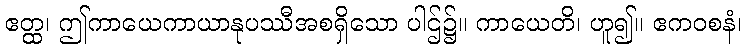
ဧတ္ထ၊ ဤကာယေကာယာနုပဿီအစရှိသော ပါဌ်၌။ ကာယေတိ၊ ဟူ၍။ ဧကဝစနံ၊